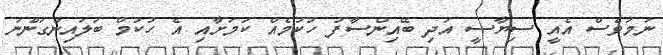
ނަމަވެސް އެއީ ސިޔާސީ އަދި ބޭއިންސާފު ހުކުމެއް ކަމަށާއި އެ ހުކުމް ބަލައިނުގަންނަ